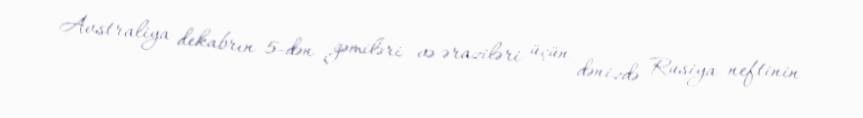
Avstraliya dekabrın 5-dən gəmiləri və əraziləri üçün dənizdə Rusiya neftinin